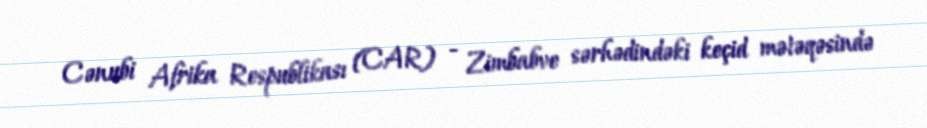
Cənubi Afrika Respublikası (CAR) - Zimbabve sərhədindəki keçid mətəqəsində